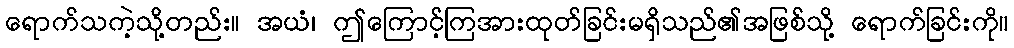
ရောက်သကဲ့သို့တည်း။ အယံ၊ ဤကြောင့်ကြအားထုတ်ခြင်းမရှိသည်၏အဖြစ်သို့ ရောက်ခြင်းကို။